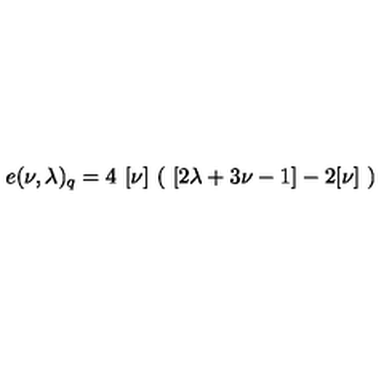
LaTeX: e ( \nu , \lambda ) _ { q } = 4 \ [ \nu ] \ ( \ [ 2 \lambda + 3 \nu - 1 ] - 2 [ \nu ] \ )